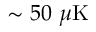
\sim 5 0 ~ \mu \mathrm { K }